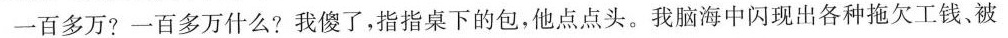
一百多万?一百多万什么?我傻了，指指桌下的包，他点点头。我脑海中闪现出各种拖欠工钱。被